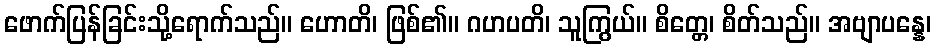
ဖောက်ပြန်ခြင်းသို့ရောက်သည်။ ဟောတိ၊ ဖြစ်၏။ ဂဟပတိ၊ သူကြွယ်။ စိတ္တေ၊ စိတ်သည်။ အဗျာပန္နေ၊